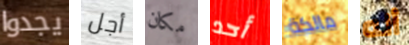
يجدوا أجل مكان أحد مالكة أنه